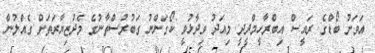
އަވަށު ބޯޑްގެ ރައީސް އިބްރާހީމްދީދީ މިއަދު ވިދާޅުވީ ކޯގަންނު ގަބުރުސްތާނުގެ މެދުޒިޔާރަތަށް ގެއްލުން